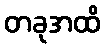
တခုအထိ